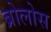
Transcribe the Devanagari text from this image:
ब्रोलोस